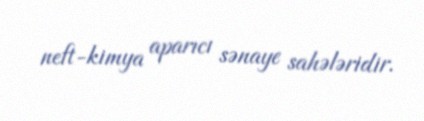
neft-kimya aparıcı sənaye sahələridir.